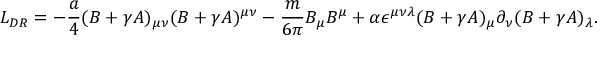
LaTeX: L _ { D R } = - { \frac { a } { 4 } } ( B + \gamma A ) _ { \mu \nu } ( B + \gamma A ) ^ { \mu \nu } - { \frac { m } { 6 \pi } } B _ { \mu } B ^ { \mu } + \alpha \epsilon ^ { \mu \nu \lambda } ( B + \gamma A ) _ { \mu } \partial _ { \nu } ( B + \gamma A ) _ { \lambda } .